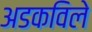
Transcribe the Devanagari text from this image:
अडकविले